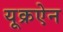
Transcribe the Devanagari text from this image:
यूक्रऐन